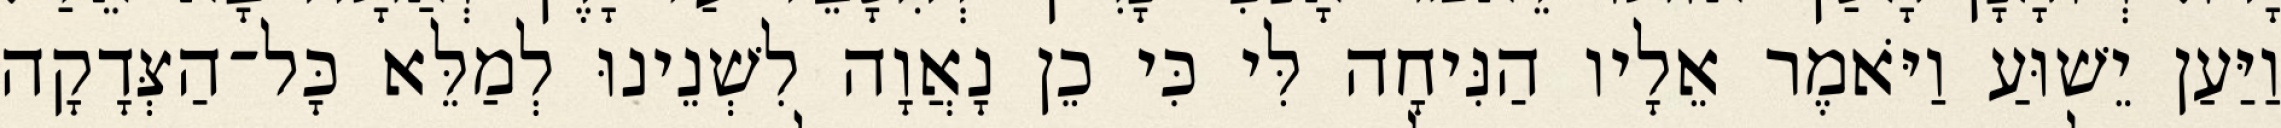
וַיַּעַן יֵשׁוּעַ וַיֹּאמֶר אֵלָיו הַנִּיחָה לִּי כִּי כֵן נָאֲוָה לִשְׁנֵינוּ לְמַלֵּא כָּל־הַצְּדָקָה